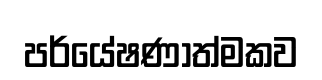
පර්යේෂණාත්මකව